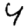
Digit: 4